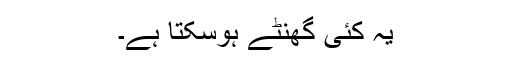
یہ کئی گھنٹے ہوسکتا ہے۔